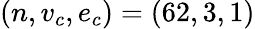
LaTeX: (n,v_{c},e_{c})=(62,3,1)